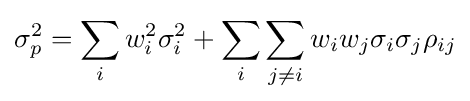
\sigma _{p}^{2}=\sum _{i}w_{i}^{2}\sigma _{i}^{2}+\sum _{i}\sum _{j\neq i}w_{i}w_{j}\sigma _{i}\sigma _{j}\rho _{ij}